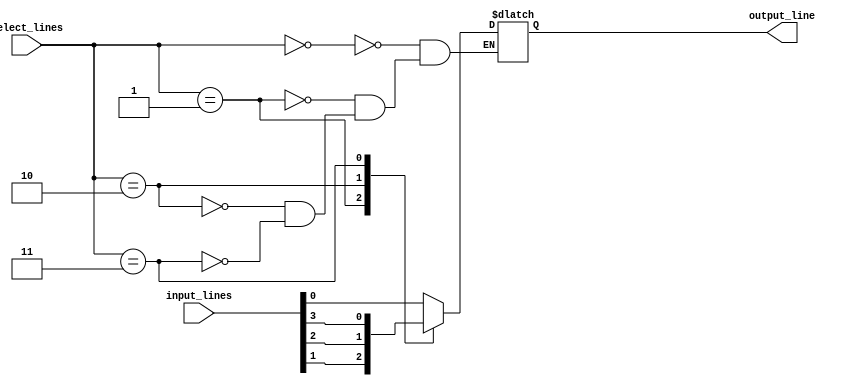
module mux_32_to_1(
    input [31:0] input_lines,
    input [4:0] select_lines,
    output reg output_line
);

always @(*)
begin
    case(select_lines)
        5'b00000: output_line = input_lines[0];
        5'b00001: output_line = input_lines[1];
        5'b00010: output_line = input_lines[2];
        5'b00011: output_line = input_lines[3];
        // continue for all 32 input lines
    endcase
end

endmodule